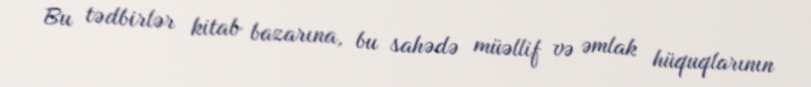
Bu tədbirlər kitab bazarına, bu sahədə müəllif və əmlak hüquqlarının